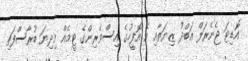
އޮޑިޓަ ޖެނެރަލް އަބްދު ޒިޔަތާއި އެ އޮފީހުގެ އިސްވެރިންގެ ޓީމެއްް މިދިޔަ ބުރާސްފަތި